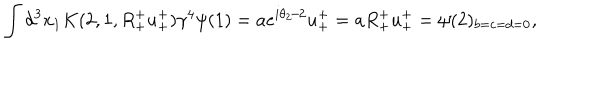
\int d ^ { 3 } x _ { 1 } K ( 2 , 1 , R _ { + } ^ { + } u _ { + } ^ { + } ) \gamma ^ { 4 } \psi ( 1 ) = a e ^ { i \theta _ { 2 } / 2 } u _ { + } ^ { + } = a R _ { + } ^ { + } u _ { + } ^ { + } = \psi ( 2 ) _ { b = c = d = 0 } ,